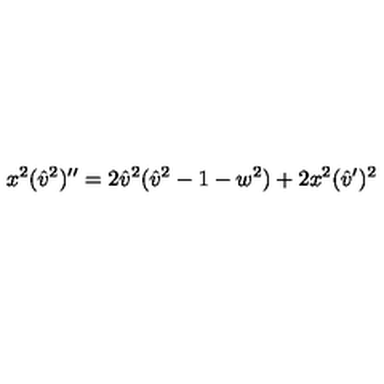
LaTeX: x ^ { 2 } ( { \hat { v } ^ { 2 } } ) ^ { \prime \prime } = 2 { \hat { v } } ^ { 2 } ( { \hat { v } } ^ { 2 } - 1 - w ^ { 2 } ) + 2 x ^ { 2 } ( { \hat { v } } ^ { \prime } ) ^ { 2 }